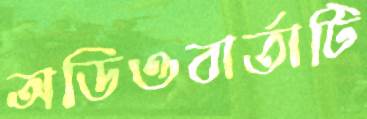
অডিওবার্তাটি